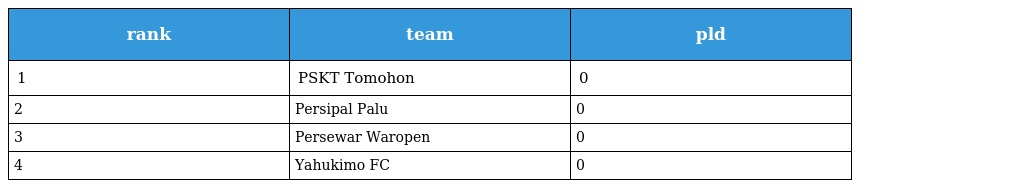
| rank | team | pld |
 | --- | --- | --- |
 | 1 | PSKT Tomohon | 0 |
 | 2 | Persipal Palu | 0 |
 | 3 | Persewar Waropen | 0 |
 | 4 | Yahukimo FC | 0 |